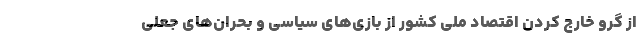
از گرو خارج کردن اقتصاد ملی کشور از بازی‌های سیاسی و بحران‌های جعلی